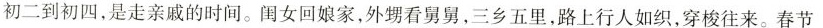
初二到初四，是走亲戚的时间。闺女回娘家，外甥看舅舅，三乡五里，路上行人如织，穿梭往来。春节